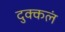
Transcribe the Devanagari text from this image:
दुक्कलं